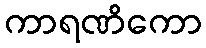
ကာရဏိကော